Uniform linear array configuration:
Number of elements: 48
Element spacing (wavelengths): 0.25
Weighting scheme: hamming
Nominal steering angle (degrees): -45
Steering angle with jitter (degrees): -46.766
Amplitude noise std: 0.05
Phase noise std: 0.05

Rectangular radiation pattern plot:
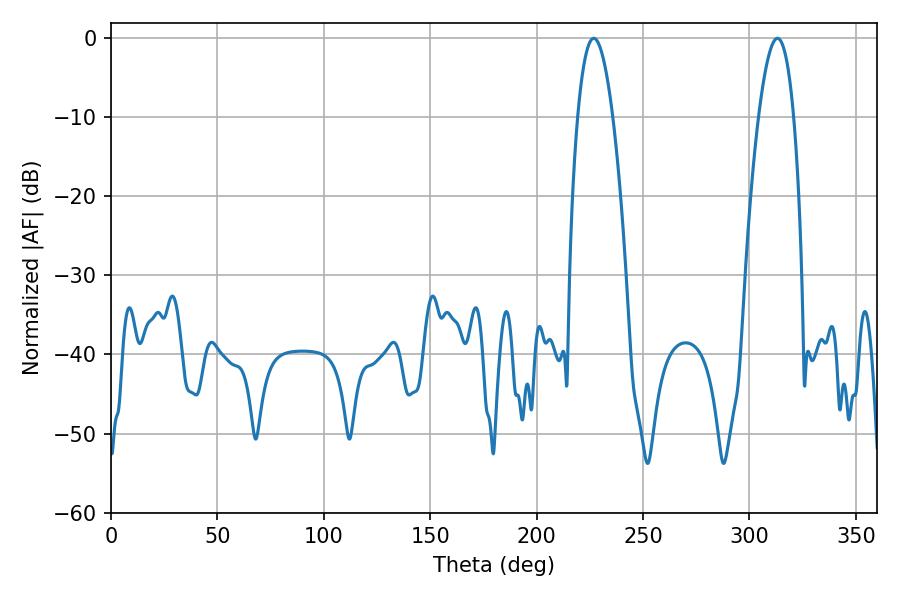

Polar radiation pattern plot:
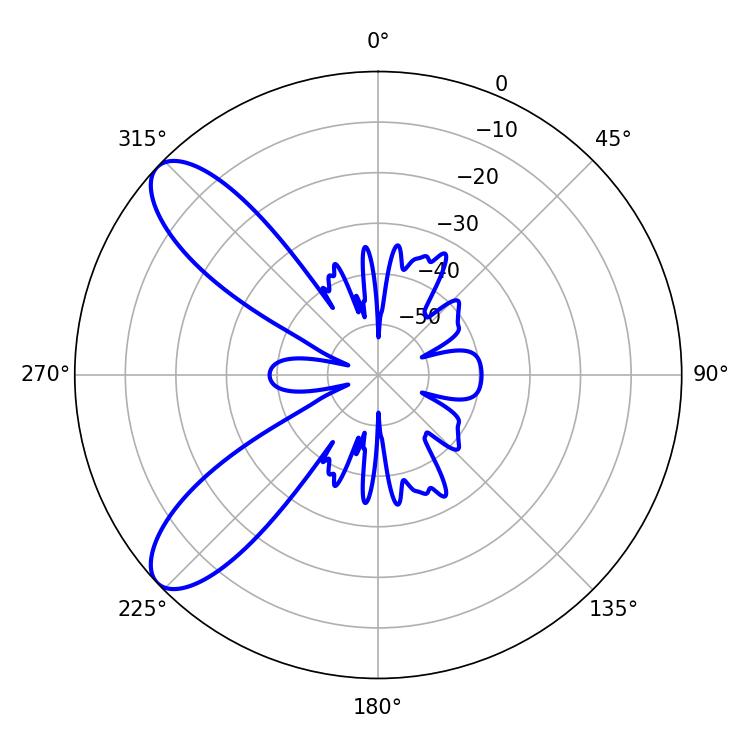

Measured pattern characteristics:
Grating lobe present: FALSE
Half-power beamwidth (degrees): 9.18
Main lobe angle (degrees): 226.8